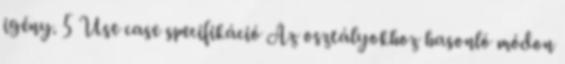
igény. 5 Use case specifikáció Az osztályokhoz hasonló módon